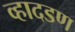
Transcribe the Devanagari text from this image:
व्हादडण